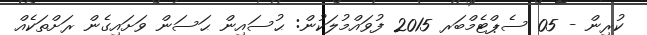
ކުރިން - 05 ސެޕްޓެމްބަރ 2015 ފުވައްމުލަކުން: ޙުސައިން ޙަސަން ވަށައިގެން ރަށްތަކެއް